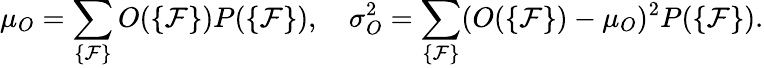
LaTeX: \mu_{O}=\sum_{\{ {\cal F}\} }O(\{ {\cal F}\} )P(\{ {\cal F}\} ),\quad\sigma_{O}^{2}=\sum_{\{ {\cal F}\} }(O(\{ {\cal F}\} )-\mu_{O})^{2}P(\{ {\cal F}\} ).